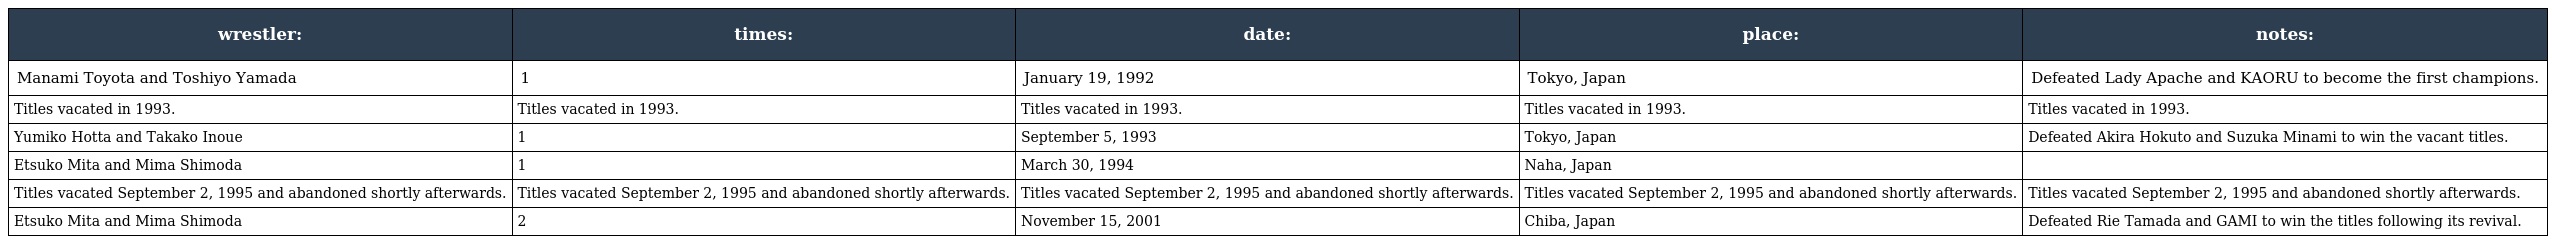
| wrestler: | times: | date: | place: | notes: |
 | --- | --- | --- | --- | --- |
 | Manami Toyota and Toshiyo Yamada | 1 | January 19, 1992 | Tokyo, Japan | Defeated Lady Apache and KAORU to become the first champions. |
 | Titles vacated in 1993. | Titles vacated in 1993. | Titles vacated in 1993. | Titles vacated in 1993. | Titles vacated in 1993. |
 | Yumiko Hotta and Takako Inoue | 1 | September 5, 1993 | Tokyo, Japan | Defeated Akira Hokuto and Suzuka Minami to win the vacant titles. |
 | Etsuko Mita and Mima Shimoda | 1 | March 30, 1994 | Naha, Japan |  |
 | Titles vacated September 2, 1995 and abandoned shortly afterwards. | Titles vacated September 2, 1995 and abandoned shortly afterwards. | Titles vacated September 2, 1995 and abandoned shortly afterwards. | Titles vacated September 2, 1995 and abandoned shortly afterwards. | Titles vacated September 2, 1995 and abandoned shortly afterwards. |
 | Etsuko Mita and Mima Shimoda | 2 | November 15, 2001 | Chiba, Japan | Defeated Rie Tamada and GAMI to win the titles following its revival. |